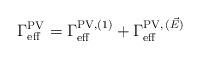
LaTeX: \begin{align*}\Gamma_{\rm eff}^{\rm PV} = \Gamma_{\rm eff}^{{\rm PV}, (1)}+ \Gamma_{\rm eff}^{{\rm PV},\,(\vec{E})}\end{align*}